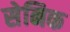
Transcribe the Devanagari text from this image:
सेनिक